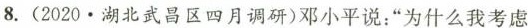
8.(2020.湖北武昌区四月调研)邓小平说：”为什么我考虑